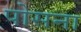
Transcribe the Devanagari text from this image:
पोसना